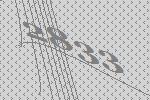
2833